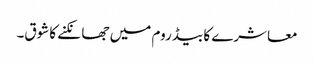
معاشرے کا بیڈ روم میں جھانکنے کاشوق۔